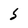
Character: S